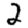
Digit: 2